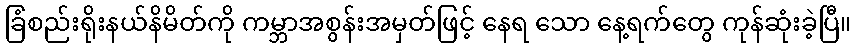
ခြံစည်းရိုးနယ်နိမိတ်ကို ကမ္ဘာအစွန်းအမှတ်ဖြင့် နေရ သော နေ့ရက်တွေ ကုန်ဆုံးခဲ့ပြီ။